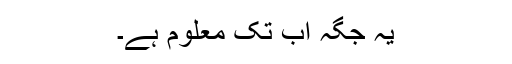
یہ جگہ اب تک معلوم ہے۔